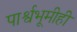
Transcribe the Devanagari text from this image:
पार्श्वभूमीही